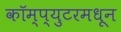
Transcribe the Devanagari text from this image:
कॉम्प्युटरमधून